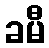
ခမီ